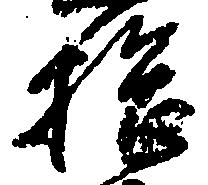
拾